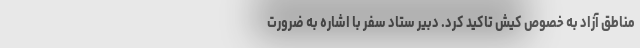
مناطق آزاد به خصوص کیش تاکید کرد. دبیر ستاد سفر با اشاره به ضرورت